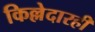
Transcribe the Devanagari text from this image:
किल्लेदारही